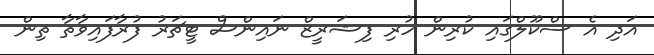
އަދި އެ ސްކޫލްގައި ކުރިން ހުރި ފިޝަރީޒް ނައިންސް ޓީޗަރު ފުރާފައިވާތާ ތިން